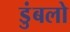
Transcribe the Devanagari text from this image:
डुंबलो